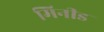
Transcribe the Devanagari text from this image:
मिनीड